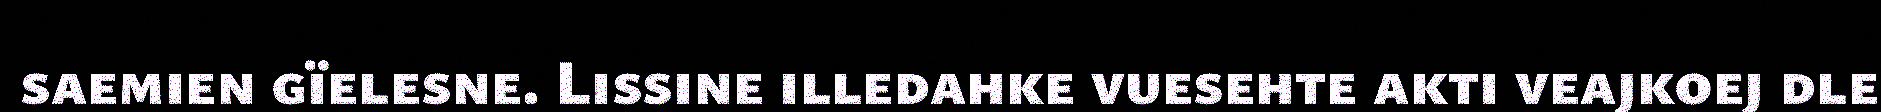
saemien gïelesne. Lissine illedahke vuesehte akti veajkoej dle